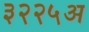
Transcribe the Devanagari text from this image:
३२२५अ